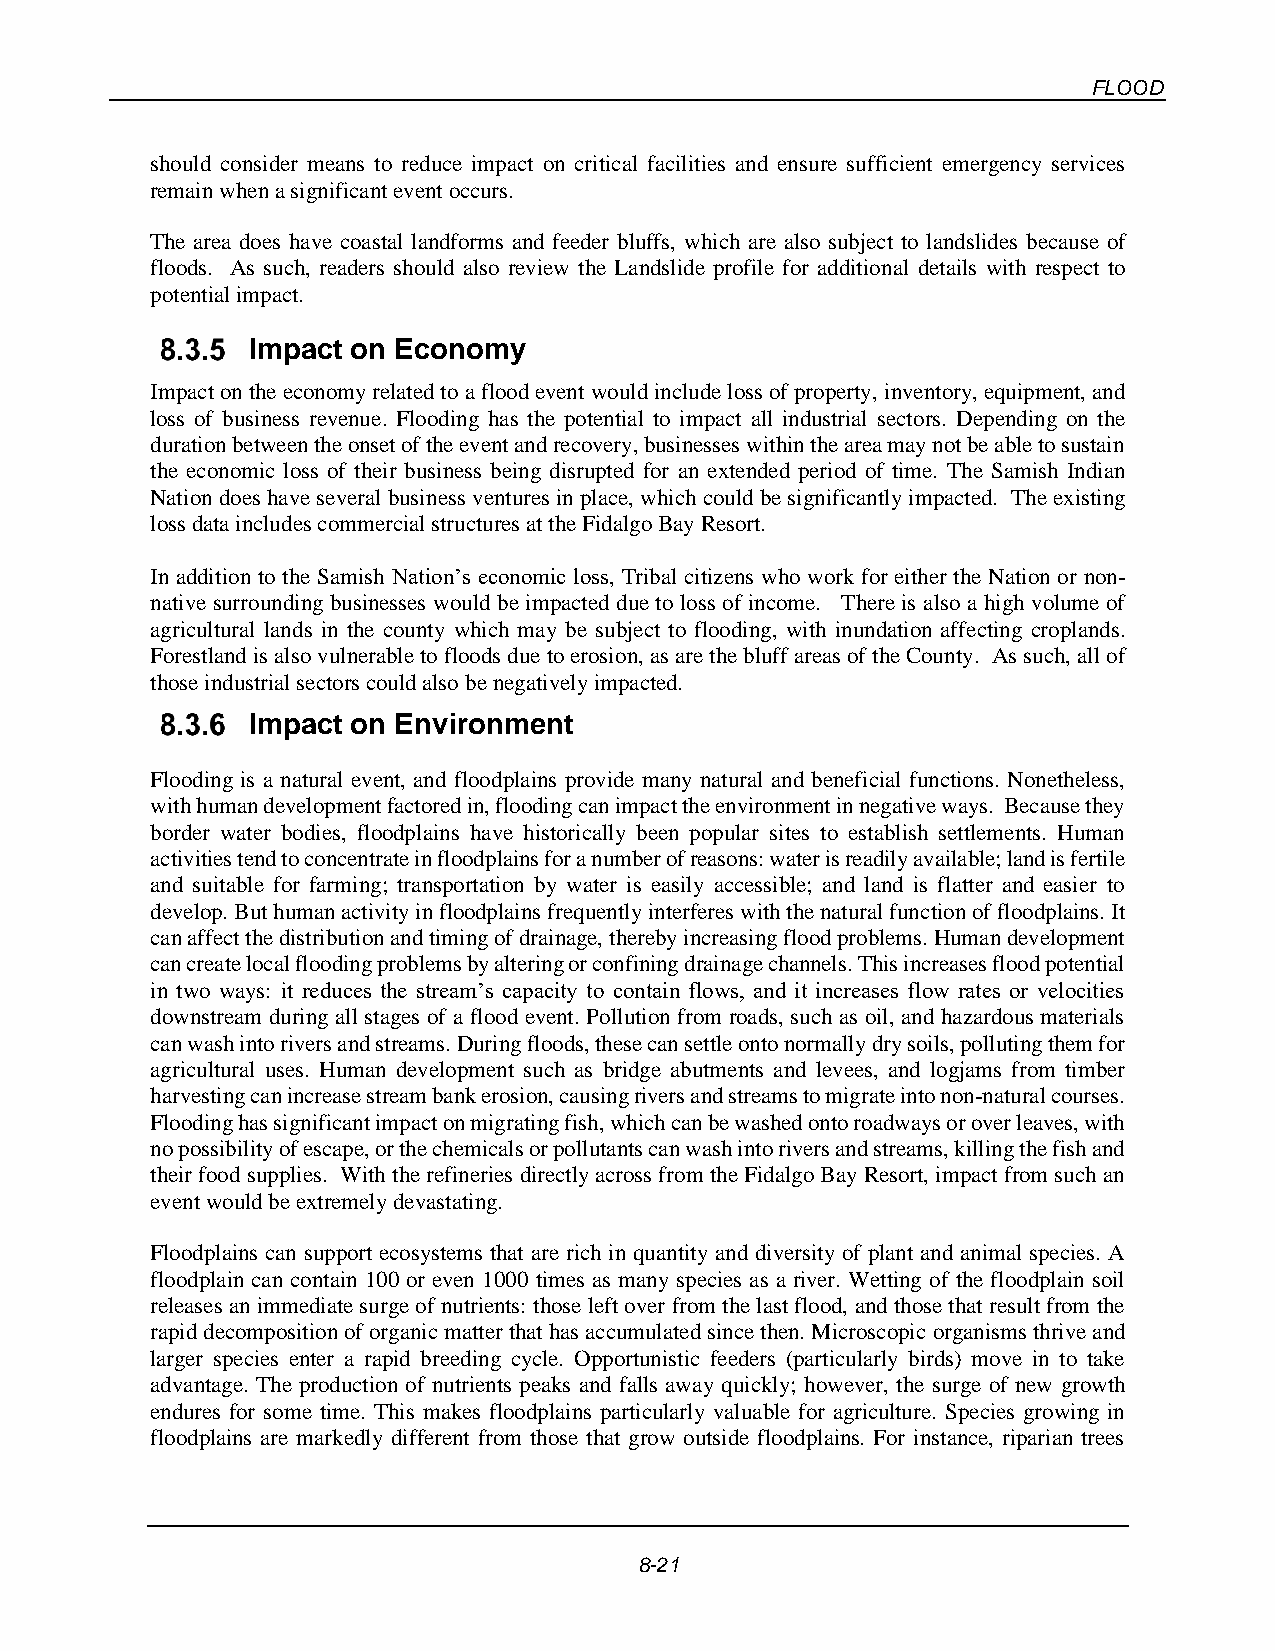
FLOOD
 should consider means to reduce impact on critical facilities and ensure sufficient emergency services
 remain when a significant event occurs.
 The area does have coastal landforms and feeder bluffs, which are also subject to landslides because of
 floods. As such, readers should also review the Landslide profile for additional details with respect to
 potential impact.
 Impact on Economy
 Impact on the economy related to a flood event would include loss of property, inventory, equipment, and
 loss of business revenue. Flooding has the potential to impact all industrial sectors. Depending on the
 duration between the onset of the event and recovery, businesses within the area may not be able to sustain
 the economic loss of their business being disrupted for an extended period of time. The Samish Indian
 Nation does have several business ventures in place, which could be significantly impacted. The existing
 loss data includes commercial structures at the Fidalgo Bay Resort.
 In addition to the Samish Nation’s economic loss, Tribal citizens who work for either the Nation or non-
 native surrounding businesses would be impacted due to loss of income. There is also a high volume of
 agricultural lands in the county which may be subject to flooding, with inundation affecting croplands.
 Forestland is also vulnerable to floods due to erosion, as are the bluff areas of the County. As such, all of
 those industrial sectors could also be negatively impacted.
 Impact on Environment
 Flooding is a natural event, and floodplains provide many natural and beneficial functions. Nonetheless,
 with human development factored in, flooding can impact the environment in negative ways. Because they
 border water bodies, floodplains have historically been popular sites to establish settlements. Human
 activities tend to concentrate in floodplains for a number of reasons: water is readily available; land is fertile
 and suitable for farming; transportation by water is easily accessible; and land is flatter and easier to
 develop. But human activity in floodplains frequently interferes with the natural function of floodplains. It
 can affect the distribution and timing of drainage, thereby increasing flood problems. Human development
 can create local flooding problems by altering or confining drainage channels. This increases flood potential
 in two ways: it reduces the stream’s capacity to contain flows, and it increases flow rates or velocities
 downstream during all stages of a flood event. Pollution from roads, such as oil, and hazardous materials
 can wash into rivers and streams. During floods, these can settle onto normally dry soils, polluting them for
 agricultural uses. Human development such as bridge abutments and levees, and logjams from timber
 harvesting can increase stream bank erosion, causing rivers and streams to migrate into non-natural courses.
 Flooding has significant impact on migrating fish, which can be washed onto roadways or over leaves, with
 no possibility of escape, or the chemicals or pollutants can wash into rivers and streams, killing the fish and
 their food supplies. With the refineries directly across from the Fidalgo Bay Resort, impact from such an
 event would be extremely devastating.
 Floodplains can support ecosystems that are rich in quantity and diversity of plant and animal species. A
 floodplain can contain 100 or even 1000 times as many species as a river. Wetting of the floodplain soil
 releases an immediate surge of nutrients: those left over from the last flood, and those that result from the
 rapid decomposition of organic matter that has accumulated since then. Microscopic organisms thrive and
 larger species enter a rapid breeding cycle. Opportunistic feeders (particularly birds) move in to take
 advantage. The production of nutrients peaks and falls away quickly; however, the surge of new growth
 endures for some time. This makes floodplains particularly valuable for agriculture. Species growing in
 floodplains are markedly different from those that grow outside floodplains. For instance, riparian trees
 8-21